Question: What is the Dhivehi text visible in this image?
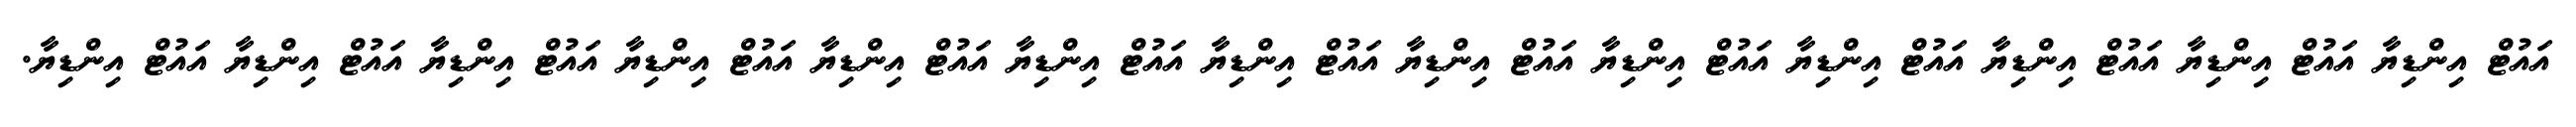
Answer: އައުޓް އިންޑިޔާ އައުޓް އިންޑިޔާ އައުޓް އިންޑިޔާ އައުޓް އިންޑިޔާ އައުޓް އިންޑިޔާ އައުޓް އިންޑިޔާ އައުޓް އިންޑިޔާ އައުޓް އިންޑިޔާ އައުޓް އިންޑިޔާ އައުޓް އިންޑިޔާ އައުޓް އިންޑިޔާ އައުޓް އިންޑިޔާ އައުޓް އިންޑިޔާ.